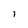
Character: I